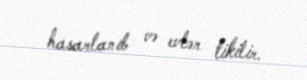
hasarlanıb və evlər tikilir.